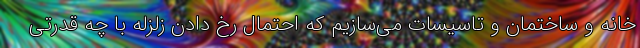
خانه و ساختمان و تاسیسات می‌سازیم که احتمال رخ دادن زلزله با چه قدرتی